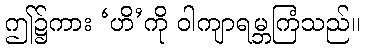
ဤ၌ကား ‘ဟိ’ကို ဝါကျာရမ္ဘကြံသည်။